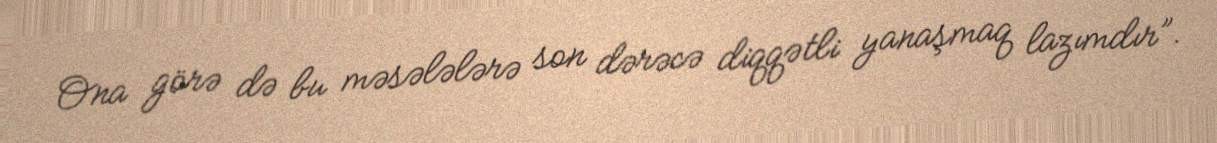
Ona görə də bu məsələlərə son dərəcə diqqətli yanaşmaq lazımdır”.